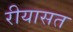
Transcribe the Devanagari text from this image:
रीयासत